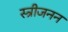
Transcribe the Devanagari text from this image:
स्त्रीजनन